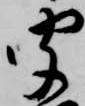
聞